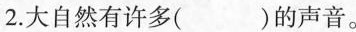
2.大自然有许多( )的声音。